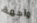
واجهة